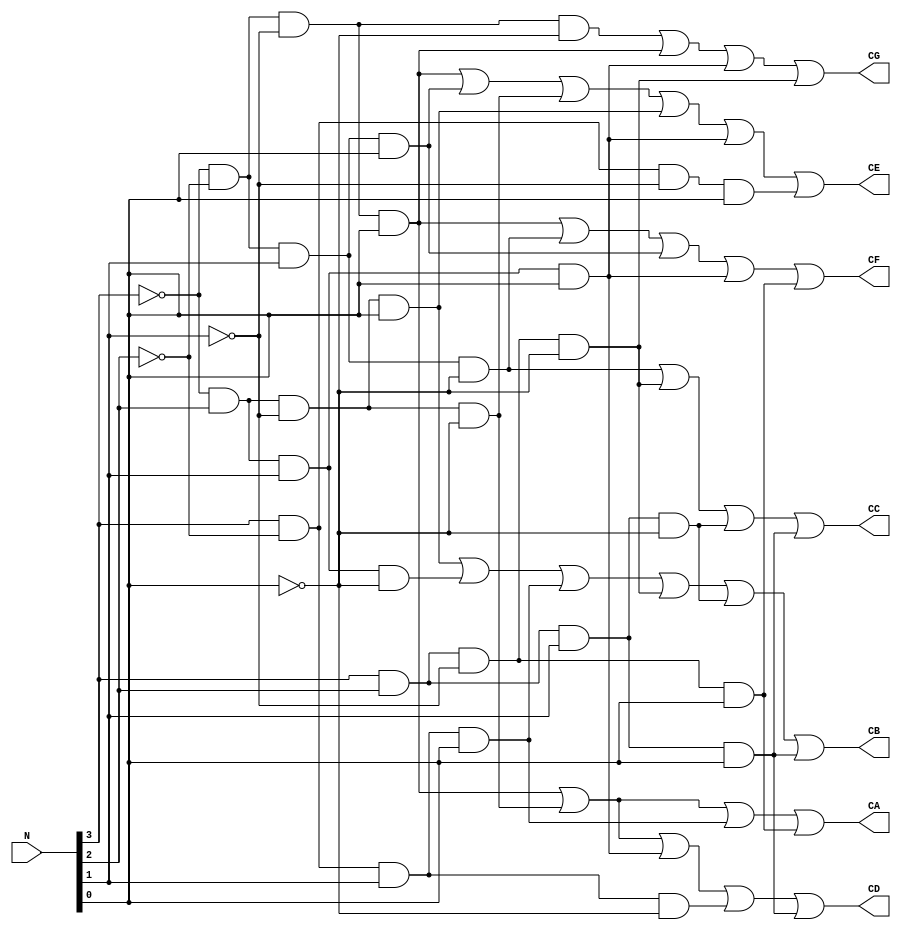
`timescale 1ns / 1ps
//////////////////////////////////////////////////////////////////////////////////
// Company: 
// Engineer: 
// 
// Design Name: 
// Module Name:    Hex7Seg 
// Project Name: 
// Target Devices: 
// Tool versions: 
// Description: 
//
// Dependencies: 
//
// Revision: 
// Revision 0.01 - File Created
// Additional Comments: 
//
//////////////////////////////////////////////////////////////////////////////////
module Hex7Seg(N, CA, CB, CC, CD, CE, CF, CG);
    input [3:0] N;
    output CA;
    output CB;
    output CC;
    output CD;
    output CE;
    output CF;
    output CG;
	 
	assign CA = (~N[3]&~N[2]&~N[1]&N[0])|(~N[3]&N[2]&~N[1]&~N[0])|(N[3]&~N[2]&N[1]&N[0])|(N[3]&N[2]&~N[1]&N[0]);
	assign CB = (~N[3]&N[2]&~N[1]&N[0])|(~N[3]&N[2]&N[1]&~N[0])|(N[3]&~N[2]&N[1]&N[0])|(N[3]&N[2]&~N[1]&~N[0])|(N[3]&N[2]&N[1]&~N[0])|(N[3]&N[2]&N[1]&N[0]);
	assign CC = (~N[3]&~N[2]&N[1]&~N[0])|(N[3]&N[2]&~N[1]&~N[0])|(N[3]&N[2]&N[1]&~N[0])|(N[3]&N[2]&N[1]&N[0]);
	assign CD = (~N[3]&~N[2]&~N[1]&N[0])|(~N[3]&N[2]&~N[1]&~N[0])|(~N[3]&N[2]&N[1]&N[0])|(N[3]&~N[2]&N[1]&~N[0])|(N[3]&N[2]&N[1]&N[0]);
	assign CE = (~N[3]&~N[2]&~N[1]&N[0])|(~N[3]&~N[2]&N[1]&N[0])|(~N[3]&N[2]&~N[1]&~N[0])|(~N[3]&N[2]&~N[1]&N[0])|(~N[3]&N[2]&N[1]&N[0])|(N[3]&~N[2]&~N[1]&N[0]);
	assign CF = (~N[3]&~N[2]&~N[1]&N[0])|(~N[3]&~N[2]&N[1]&~N[0])|(~N[3]&~N[2]&N[1]&N[0])|(~N[3]&N[2]&N[1]&N[0])|(N[3]&N[2]&~N[1]&N[0]);
	assign CG = (~N[3]&~N[2]&~N[1]&~N[0])|(~N[3]&~N[2]&~N[1]&N[0])|(~N[3]&N[2]&N[1]&N[0])|(N[3]&N[2]&~N[1]&~N[0]);



endmodule